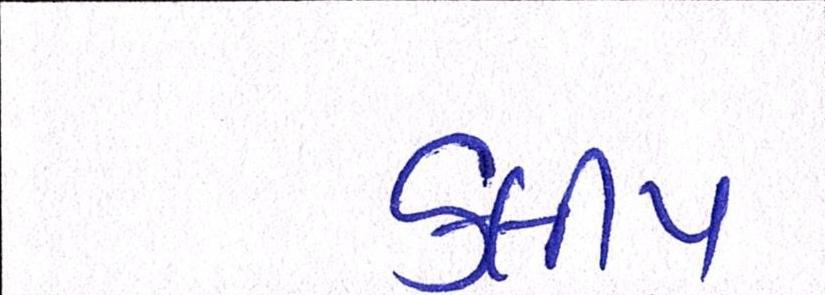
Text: કલીપ